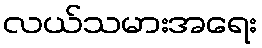
လယ်သမားအရေး